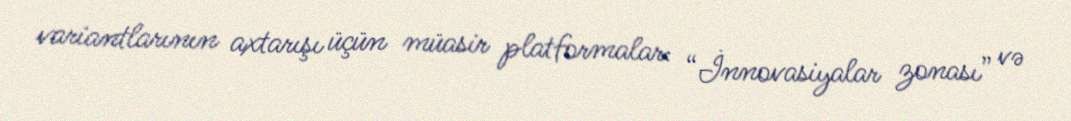
variantlarının axtarışı üçün müasir platformalar: “İnnovasiyalar zonası” və